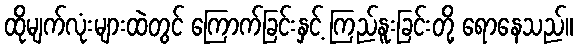
ထိုမျက်လုံးများထဲတွင် ကြောက်ခြင်းနှင့် ကြည်နူးခြင်းတို့ ရောနေသည်။